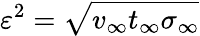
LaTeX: \varepsilon^{2}=\sqrt{v_{\infty}t_{\infty}\sigma_{\infty}}